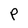
Character: P